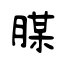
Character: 腜